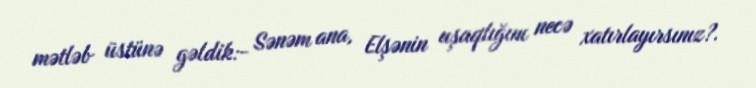
mətləb üstünə gəldik:- Sənəm ana, Elşənin uşaqlığını necə xatırlayırsınız?.